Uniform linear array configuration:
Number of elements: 48
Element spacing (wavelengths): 0.75
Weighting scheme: hamming
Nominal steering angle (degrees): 45
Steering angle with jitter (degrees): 44.563
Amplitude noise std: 0.05
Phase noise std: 0.05

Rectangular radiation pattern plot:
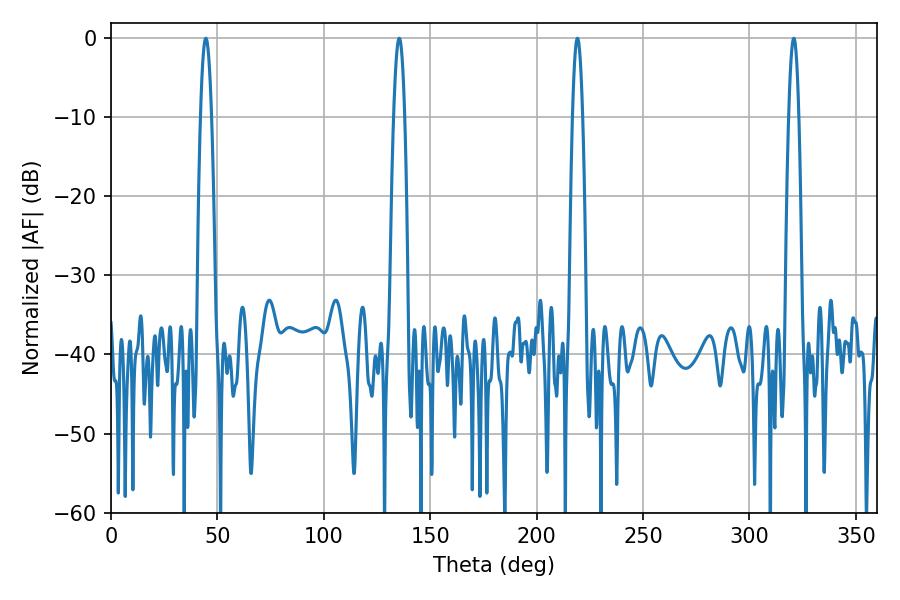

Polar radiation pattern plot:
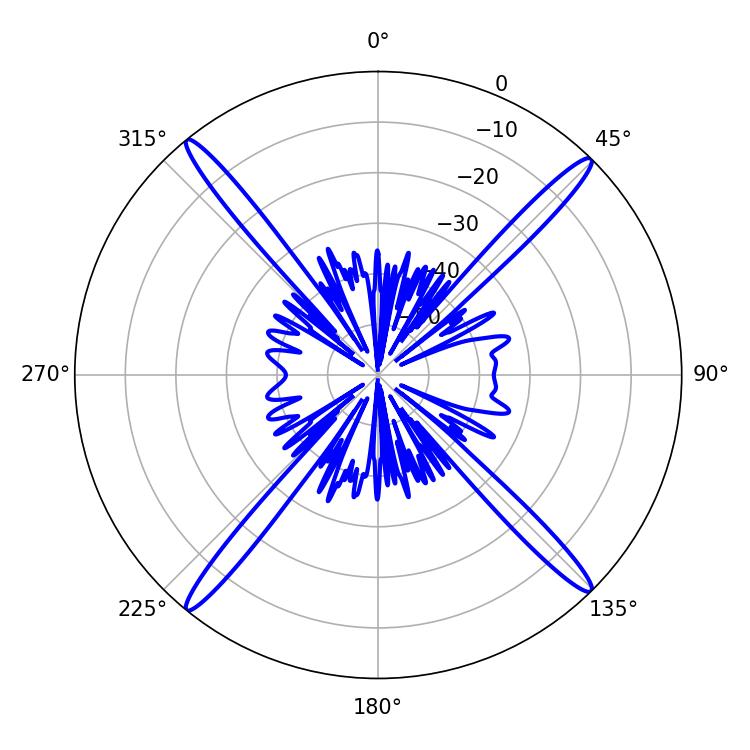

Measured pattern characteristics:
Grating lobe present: TRUE
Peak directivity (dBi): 21.756
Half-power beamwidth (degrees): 2.7
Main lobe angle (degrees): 44.64